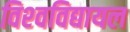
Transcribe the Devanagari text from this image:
विश्‍वविद्यायल